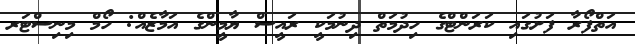
އަތްފޯރާ ފަށުގައި ކަރަންޓްގެ ހިދުމަތް ދިނުމަކީ ރައީސް ޔާމީންގެ އަމާޒެއް: ހޯމް މިނިސްޓަރ